Vaccination in Bombay 1889-1901 - 1889-1901
Year: 1889
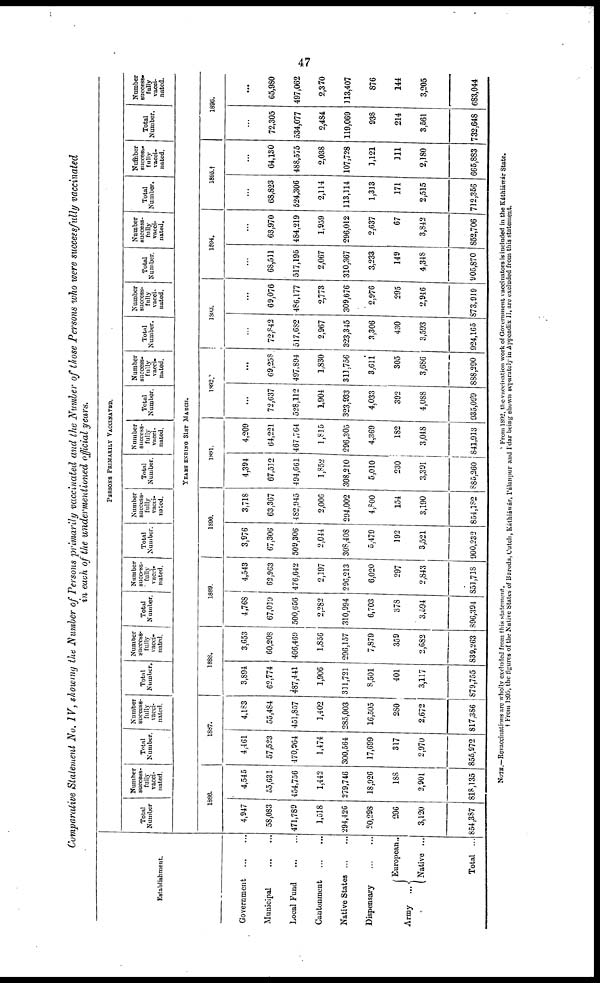
47
Comparative Statement No. IV, showing the Number of Persons primarily vaccinated and the Number of those Persons who were successfully vaccinated
in each of the undermentioned official years.
Establishment.
Government
...
...
Municipal
...
...
Local Fund
...
...
Cantonment
...
...
Native States
...
...
Dispensary
...
...
Army
European..
Native ...
Total ...
PERSONS PRIMARILY VACCINATED.
Total
Number
Number
success-
fully
vacci-
nated.
Total
Number.
Number
success-
fully
vacci-
nated.
Total
Number.
Number
success-
fully
vacci-
nated.
Total
Number.
Number
success¬
fully
vacci¬
nated.
Total
Number.
Number
success-
fully
vacci-
nated.
Total
Number.
Number
success-
fully
vacci-
nated.
Total
Number.
Number
success-
fully
vacci¬
nated.
Total
Number.
Number
success-
fully
vacci-
nated.
Total
Number.
Number
success-
fully
vacci-
nated.
Total
Number.
Number
success-
fully
vacci-
nated.
Total
Number.
Number
success¬
fully
vacci¬
nated.
YEARS ENDING 31ST MARCH.
1886.
4,947
58,083
471,789
1,518
294,426
20,298
206
3,120
854,387
4,545
55,631
454,756
1,442
279,746
18,926
188
2,901
818,135
1887.
4,161
57,523
470,964
1,474
300,564
17,699
317
2,970
855,972
4,183
55,484
451,857
1,402
285,003
16,505
280
2,672
817,386
1888.
3,894
62,774
487,441
1,906
311,721
8,501
401
3,117
879,755
3,653
60,208
466,469
1,856
296,157
7,879
359
2,6S2
839,263
1889.
4,768
67,019
500,656
2,282
310,994
6,703
378
3,594
896,394
4,543
62,963
476,642
2,197
296,213
6,020
297
2,843
851,718
1890.
3,976
67,306
509,306
2,044
308,408
5,479
192
3,521
900,232
3,718
63,367
482,945
2,006
294,002
4,800
154
3,190
854,182
1891.
4,394
67,512
494,661
1,852
308,210
5,010
230
3,391
885,260
4,209
64,221
467,764
1,815
296,305
4,369
182
3,048
841,913
1892.*
...
72,637
528,112
1,904
323,933
4,033
392
4,088
935,099
...
69,258
497,894
1,830
311,756
3,611
305
3,686
888,290
1893.
...
72,842
517,682
2,967
323,345
3,306
430
3,593
924,165
...
69,076
486,177
2,773
309,676
2,976
295
2,946
873,919
1894.
...
68,511
517,195
2,067
310,367
3,233
149
4,348
905,870
...
63,970
484,219
1,959
296,012
2,637
67
3,842
852,706
1895.†
...
68,823
524,306
2,114
113,114
1,313
171
2,515
712,356
...
64,130
488,575
2,038
107,728
1,121
111
2,180
665,883
1896.
...
72,305
534,077
2,484
119,069
938
214
3,561
732,648
...
65,980
497,062
2,370
113,407
876
144
3,205
683,044
NOTE.—Revaccinations are wholly excluded from this statement.
* From 1892, the vaccination work of Government vaccinators is included in the Káthiáwár State.
† From 1895, the figures of the Native States of Baroda, Cutch, Káthiáwár, Pálanpur and I'dar being shown separately in Appendix II, are excluded from this statement.